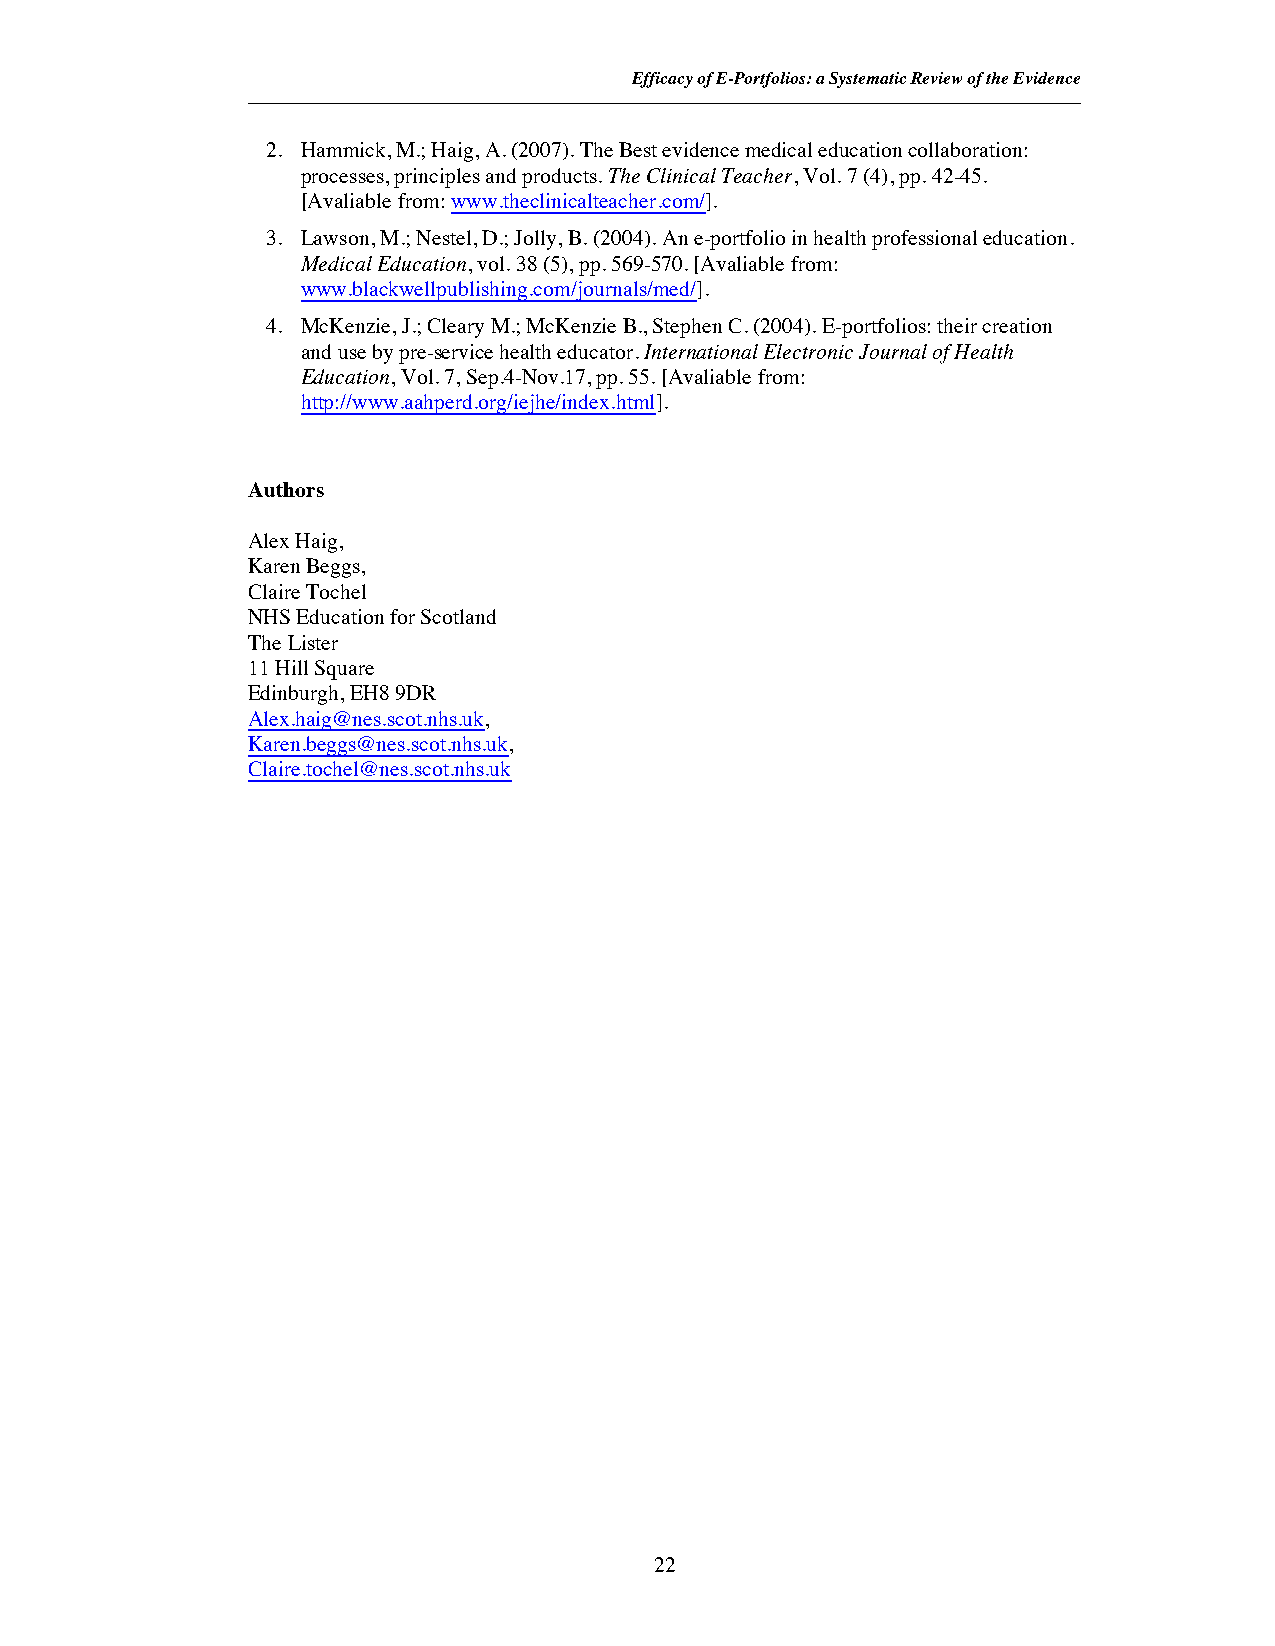
Efficacy of E-Portfolios: a Systematic Review of the Evidence
 2. Hammick, M.; Haig, A. (2007). The Best evidence medical education collaboration:
 processes, principles and products. The Clinical Teacher, Vol. 7 (4), pp. 42-45.
 [Avaliable from:www.theclinicalteacher.com/].
 3. Lawson, M.; Nestel, D.; Jolly, B. (2004). An e-portfolio in health professional education.
 Medical Education, vol. 38 (5), pp. 569-570. [Avaliable from:
 www.blackwellpublishing.com/journals/med/].
 4. McKenzie, J.; Cleary M.; McKenzie B., Stephen C. (2004).E-portfolios: their creation
 and use by pre-service health educator. International Electronic Journal of Health
 Education,Vol. 7, Sep.4-Nov.17, pp. 55. [Avaliable from:
 http://www.aahperd.org/iejhe/index.html].
 Authors
 Alex Haig,
 Karen Beggs,
 Claire Tochel
 NHS Education for Scotland
 The Lister
 11 Hill Square
 Edinburgh, EH8 9DR
 Alex.haig@nes.scot.nhs.uk,
 Karen.beggs@nes.scot.nhs.uk,
 Claire.tochel@nes.scot.nhs.uk
 22